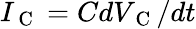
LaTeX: I_{\mathrm{~C~}}=CdV_{\mathrm{~C~}}/dt